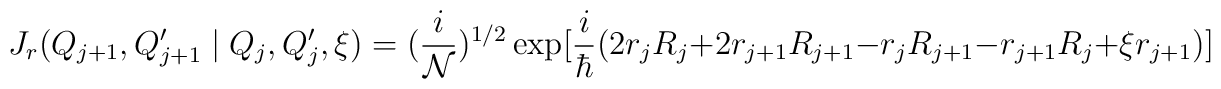
J_{r}(Q_{j+1}, Q'_{j+1} \mid Q_{j}, Q'_{j}, \xi) = (\frac{i}{\cal N})^{1/2} \exp [ \frac{i}{\hbar}	(2 r_{j} R_{j} + 2 r_{j+1} R_{j+1}	- r_{j} R_{j+1} - r_{j+1} R_{j} + \xi r_{j+1} )]